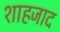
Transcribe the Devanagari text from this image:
शाहजाद